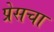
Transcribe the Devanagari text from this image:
प्रेसचा